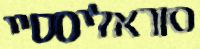
סוראליסטיי